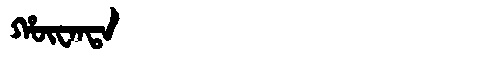
Manchu: ᡥᡡᠸᠠᠨᡨᠠ
Romanization: HŪWANTA